Plague in India, 1896, 1897 - Volume 2
Year: 1896
Disease focus: Plague
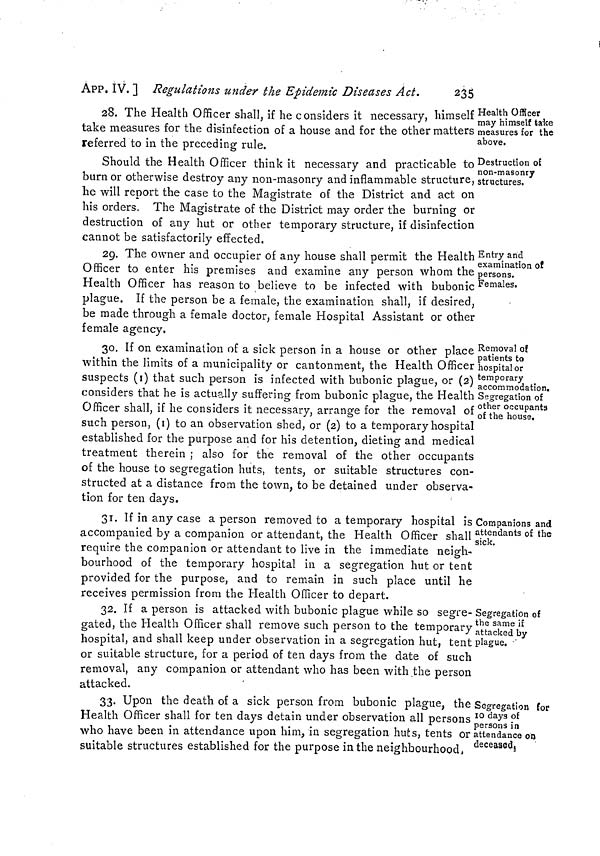
235
APP. IV. ] Regulations under the Epidemie Diseases Act.
Health Officer
may himself taice
measures for the
above.
28. The Health Officer shall, if he considers it necessary, himself
take measures for the disinfection of a house and for the other matters
referred to in the preceding rule.
Destruction oí
non-masonry
structures.
Should the Health Officer think it necessary and practicable to
burn or otherwise destroy any non-masonry and inflammable structure,
he will report the case to the Magistrate of the District and act on
his orders. The Magistrate of the District may order the burning or
destruction of any hut or other temporary structure, if disinfection
cannot be satisfactorily effected.
Entry and
examination of
persons.
Females.
29. The owner and occupier of any house shall permit the Health
Officer to enter his premises and examine any person whom the
Health Officer has reason to believe to be infected with bubonic
plague. If the person be a female, the examination shall, if desired,
be made through a female doctor, female Hospital Assistant or other
female agency,
Removal of
patients to
hospitaler
temporary
accommodation.
Segregation of
other occupants
of the house.
30. If on examination of a sick person in a house or other place
within the limits of a municipality or cantonment 5 the Health Officer
suspects (I) that such person is infected with bubonic plague, or (2)
considers that he is actually suffering from bubonic plague, the Health
Officer shall, if he considers it necessary, arrange for the removal of
such person, (I) to an observation shed, or (2) to a temporary hospital
established for the purpose and for his detention, dieting and medical
treatment therein ; also for the removal of the other occupants
of the house to segregation huts, tents, or suitable structures con-
structed at a distance from the town, to be detained under observa-
tion for ten days.
Companions and
attendants of the
sick.
31. If in any case a person removed to a temporary hospital is
accompanied by a companion or attendant, the Health Officer shall
require the companion or attendant to live in the immediate neigh-
bourhood of the temporary hospital in a segregation hut or tent
provided for the purpose, and to remain in such place until he
receives permission from the Health Officer to depart.
Segregation of
the same ¡£
attacked by
plague.
32. If a person is attacked with bubonic plague while so segre-
gated, the Health Officer shall remove such person to the temporary
hospital, and shall keep under observation in a segregation hut, tent
or suitable structure, for a period of ten days from the date of such
removal, any companion or attendant who has been with the person
attacked.
Segregation for
I o days of
persons in
attendance on
deceased.
33. Upon the death of a sick person from bubonic plague, the
Health Officer shall for ten days detain under observation all persons
who have been in attendance upon him, in segregation huts, tents or;
suitable structures established for the purpose in the neighbourhood,